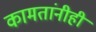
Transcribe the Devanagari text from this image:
कामतांनीही